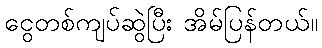
ငွေတစ်ကျပ်ဆွဲပြီး အိမ်ပြန်တယ်။